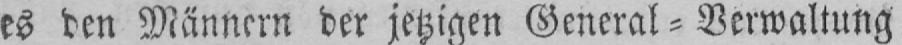
es den Männern der jetzigen General⸗Verwaltung